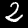
Label: 2